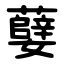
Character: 㜸